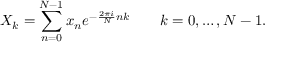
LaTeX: X _ { k } = \sum _ { n = 0 } ^ { N - 1 } x _ { n } e ^ { - { \frac { 2 \pi i } { N } } n k } \qquad k = 0 , \dots , N - 1 .